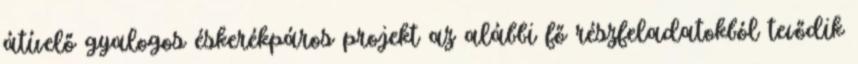
átívelő gyalogos éskerékpáros projekt az alábbi fő részfeladatokból tevődik